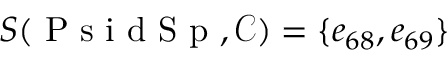
S ( \mathrm { ~ P ~ s ~ i ~ d ~ S ~ p ~ } , \mathcal { C } ) = \{ e _ { 6 8 } , e _ { 6 9 } \}